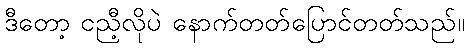
ဒီတော့ ငညီ့လိုပဲ နောက်တတ်ပြောင်တတ်သည်။